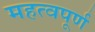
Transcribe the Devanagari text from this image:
महत्‍वपूर्ण